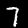
Digit: 7